system: You are a helpful assistant.
user:
Analyze the provided spectrum to determine if it is a **M-type Giant (gM)**.

A M-type Giant spectrum is defined by its **strong molecular absorption** features, particularly from **Titanium Oxide (TiO)**. You must check for one of the following mutually exclusive signatures:

- **Key Visual Indicators (Absorption-Dominated Spectrum):**

    - **(Primary):** The spectrum is dominated by strong molecular absorption from **Titanium Oxide (TiO)**. This is the **defining feature** of its M-type temperature class.
        - **(Key Bandheads):** Look for sharp, "saw-tooth" absorption valleys. The strongest are located near **~7050 Å**, **~6160 Å**, and **~5170 Å**.
        - **(Line Profile):** The "saw-tooth" morphology is critical: a **sharp, steep drop on the BLUE (short-wavelength) side** of the bandhead, followed by a gradual recovery (rising flux) towards the RED (long-wavelength) side.

    - **(Key Confirmation - Giant vs. Dwarf):** **ABSENCE** of strong **Calcium Hydride (CaH)** molecular bands. This is the primary diagnostic for *excluding* M-dwarfs.
        - **(Key Region):** The spectrum should lack the strong, broad absorption band seen in dwarfs between **~6800 Å and ~7000 Å**.

    - **(Secondary Confirmation - Giant):** A very strong and broad **Neutral Calcium (Ca I)** atomic absorption line.
        - **(Key Line):** Located at **~4226 Å**. In a giant (gM), this line is significantly deeper and broader than the same line in an M-dwarf (dM) due to low surface gravity.

    - **(Overall Spectrum):**
        - The continuum is **extremely red-sloping** (i.e., flux is very low in the blue and rises dramatically towards the red).
        - The entire spectrum appears "chopped up" by the deep TiO bands.

Think first, call **spectral_visualization_tool** if needed to examine features in detail, then provide your final answer. Your response must adhere to the following strict rules:
1.  **Overall Structure:** Your response must follow the format `<think>...</think> <tool_call>...</tool_call> (if a tool is used) <answer>...</answer>`.
2.  **Tool Usage Constraint:** You may only make **one** tool call per turn.
3.  **Final Answer Format:** In the `<answer>` tag, your conclusion must be inside a `\boxed{}` command (e.g., `\boxed{YES}` or `\boxed{NO}`), followed by your justification.

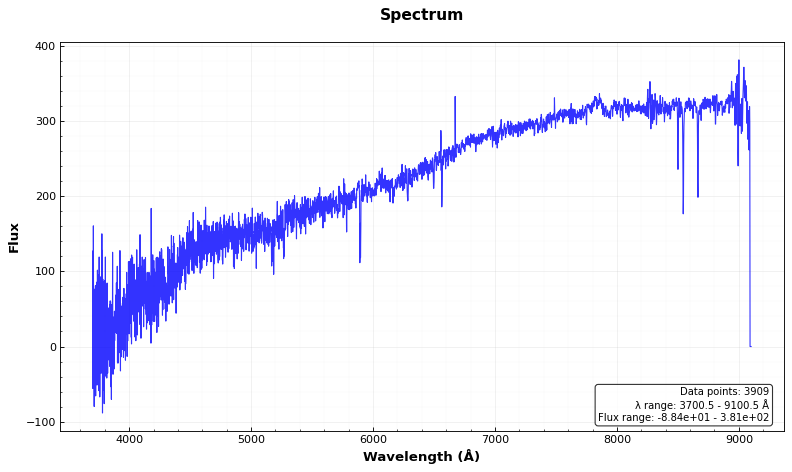
Answer: NO